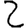
Digit: 2